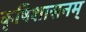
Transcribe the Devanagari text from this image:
कृषिशासनम्